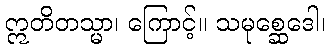
ဣတိတသ္မာ၊ ကြောင့်။ သမုစ္ဆေဒေါ၊